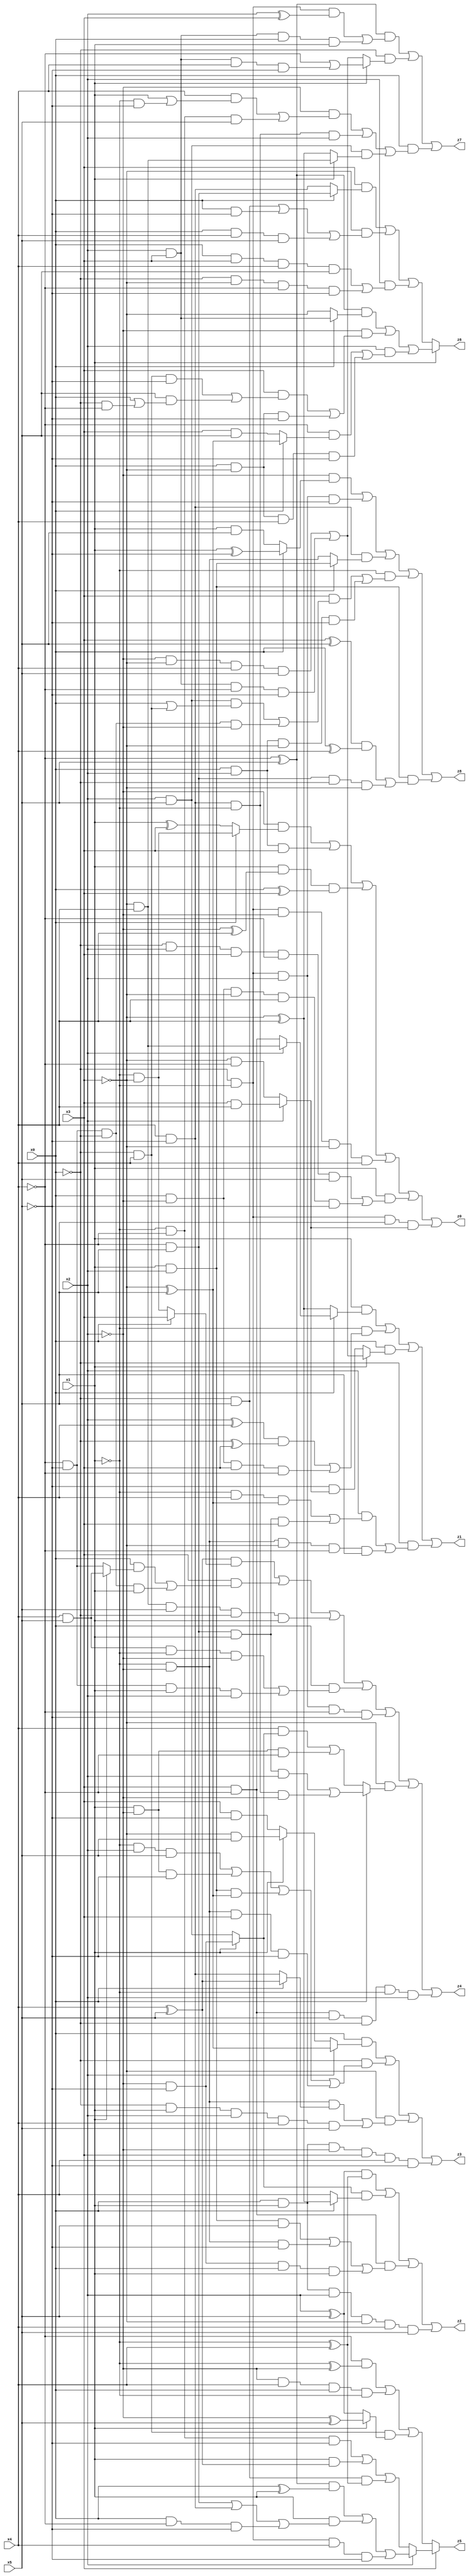
// Benchmark "X_34" written by ABC on Mon Jun 05 23:01:52 2023

module X_34 ( 
    x0, x1, x2, x3, x4, x5,
    z0, z1, z2, z3, z4, z5, z6, z7, z8  );
  input  x0, x1, x2, x3, x4, x5;
  output z0, z1, z2, z3, z4, z5, z6, z7, z8;
  assign z0 = (~x2 & (x0 ? (~x1 & ~x3) : (x1 ^ x3))) | (x0 & x2 & x3) | (x1 & (~x2 ^ x4) & (x0 ^ x3)) | (~x0 & ~x1 & ~x2 & ~x3 & x4) | (x1 & ((~x0 & x2 & x3 & ~x4 & x5) | (x0 & ~x2 & ~x3 & x4 & ~x5))) | (~x0 & ~x1 & x5 & (x2 ? (x3 & x4) : (~x3 & ~x4)));
  assign z1 = (x1 & (x0 ? (x2 ? (~x3 & x4) : (x3 & ~x4)) : (~x3 ^ x4))) | (~x1 & (((x2 ^ x4) & (~x0 ^ x3)) | (x0 & ~x2 & x3 & ~x4))) | (x0 & (x1 ? ((~x2 & ~x3 & x4 & x5) | (x2 & x3 & ~x4 & ~x5)) : (~x5 & (x2 ? (x3 & x4) : (~x3 & ~x4))))) | (~x0 & ((x2 & ((~x1 & x4 & (~x3 ^ x5)) | (~x4 & x5 & x1 & x3))) | (~x1 & ~x2 & ~x3 & ~x4 & x5)));
  assign z2 = ((x2 ^ x5) & (~x1 ^ x4)) | ((x1 ? (~x2 & ~x5) : (x2 & x5)) & (x0 ? (~x3 ^ x4) : x4)) | (x3 & ~x4 & ((x1 & x2 & x5) | (~x1 & ~x2 & ~x5) | (~x2 & ~x5 & x0 & x1))) | (x0 & x1 & x2 & ~x3 & x4 & x5);
  assign z3 = (x0 & (x2 ? (~x3 ^ x5) : (x1 ? (~x3 & x5) : (x3 & ~x5)))) | (~x0 & ((~x1 & x2 & x5) | (x1 & ~x2 & ~x5) | (x1 & x2 & (~x3 ^ x5)) | (~x1 & ~x2 & x3 & ~x5))) | (~x3 & ((~x1 & ~x2 & (x0 ? (x4 ^ x5) : (x4 & ~x5))) | (~x0 & x1 & x2 & x4 & x5))) | (x0 & x1 & ~x2 & x3 & x4 & ~x5);
  assign z4 = ((x4 ^ x5) & (x0 ? x3 : (~x1 & ~x3))) | (x3 & ((x0 & (x1 ? (x4 & x5) : (~x4 & ~x5))) | (~x4 & ~x5 & ~x0 & x1))) | (~x3 & x4 & x5 & ~x0 & x1) | (x0 & ((x4 & x5 & ~x1 & ~x2) | (~x4 & ~x5 & x1 & x2))) | (~x0 & ~x1 & x2 & ~x4 & ~x5) | (~x3 & (x0 ? ((~x4 & x5 & x1 & x2) | (x4 & ~x5 & ~x1 & ~x2)) : ((x4 & (x1 ? (~x2 & ~x5) : (x2 & x5))) | (x1 & ~x2 & ~x4)))) | (x3 & ~x4 & x5 & ~x0 & ~x1 & x2);
  assign z5 = x3 ? (x2 ? (((~x4 ^ x5) & (x0 ^ x1)) | (x1 & ((~x4 & x5) | (x4 & ~x5) | (x0 & ~x4 & ~x5))) | (~x0 & ~x1 & x4 & ~x5)) : ((~x1 & ~x4 & ~x5) | (x1 & (x4 ^ x5)) | (~x0 & x5 & (~x1 ^ x4)))) : ((~x4 & (~x1 ^ ~x2)) | (~x2 & x4 & x0 & ~x1) | (~x0 & x4 & (x1 ? (~x2 ^ x5) : (x2 ^ x5))));
  assign z6 = x1 ? (((~x4 ^ x5) & (x0 ? (x2 & x3) : ~x3)) | (~x2 & ((x3 & ((~x0 & x4 & ~x5) | (x5 & (x0 | (~x0 & ~x4))))) | (x0 & ~x3 & ~x5))) | (x2 & ((~x4 & (x0 ? (~x3 ^ x5) : (x3 & x5))) | (x0 & ~x3 & x4 & ~x5)))) : ((x3 & (x0 ? (~x4 & x5) : (x4 & ~x5))) | (~x3 & ((~x0 & x5) | (x0 & ~x5) | (x0 & x4 & x5))) | (x2 & ((x0 & x3 & x4 & x5) | (~x0 & ~x3 & ~x4 & ~x5))));
  assign z7 = ((~x4 ^ x5) & ((~x0 & ~x1 & (x2 ^ x3)) | (x2 & x3 & x0 & x1))) | (~x0 & (x1 ? (~x4 | (x2 & x3 & x4 & ~x5)) : ((~x2 & ~x3 & x4 & x5) | (x2 & x3 & ~x4 & ~x5)))) | (x0 & ((~x2 & ((x4 & (x1 | (~x1 & ~x5))) | (~x1 & ~x4 & x5))) | (x4 & ~x5 & ~x1 & x2) | (x2 & x5 & (x1 ? (~x3 & x4) : (~x3 ^ x4)))));
  assign z8 = (~x2 & (x0 ? (x1 ^ ~x5) : (x1 & x5))) | (~x0 & ~x1 & x2 & ~x5) | (x4 & ~x5 & (x0 ? (x1 & x2) : (~x1 & ~x2))) | (~x1 & ((x3 & ((x2 & x5 & (x0 | (~x0 & x4))) | (~x4 & ~x5 & ~x0 & ~x2))) | (x0 & x2 & ~x3 & ~x5))) | (x1 & x2 & (((x3 ^ x5) & (x0 ^ x4)) | (~x4 & x5 & ~x0 & ~x3)));
endmodule